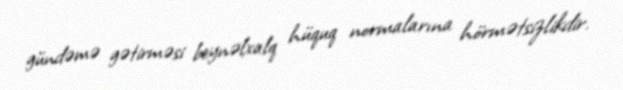
gündəmə gətirməsi beynəlxalq hüquq normalarına hörmətsizlikdir.